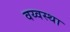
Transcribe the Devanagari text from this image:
वय्वस्था